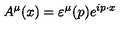
A ^ { \mu } ( x ) = \varepsilon ^ { \mu } ( p ) e ^ { i p \cdot x }